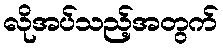
လိုအပ်သည့်အတွက်